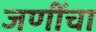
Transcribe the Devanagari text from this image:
जणींचा